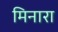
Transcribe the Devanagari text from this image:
मिनारा